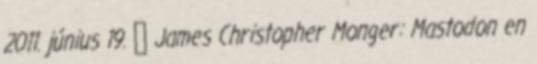
2011. június 19. ↑ James Christopher Monger: Mastodon en